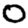
Digit: 0